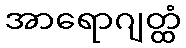
အာရောဂျတ္ထံ